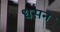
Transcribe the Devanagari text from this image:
धसन